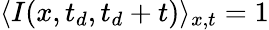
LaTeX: \langle I(x,t_{d},t_{d}+t)\rangle_{x,t}=1